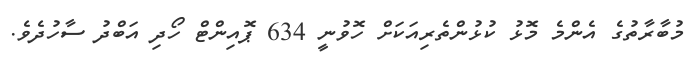
މުބާރާތުގެ އެންމެ މޮޅު ކުޅުންތެރިއަކަށް ހޮވުނީ 634 ޕޮއިންޓް ހޯދި އަބްދު ސާހުދެވެ.